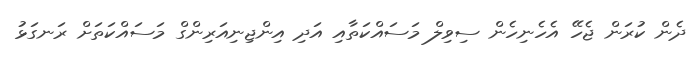
ދެން ކުރަން ޖެހޭ އެހެނިހެން ސިވިލް މަސައްކަތާއި އަދި އިންޖިނިއަރިންގް މަސައްކަތަށް ރަނގަޅު